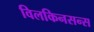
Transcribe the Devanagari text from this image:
विलकिनसन्स